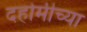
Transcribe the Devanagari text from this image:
दहोमीच्या